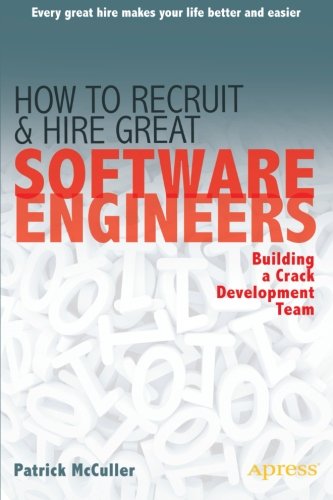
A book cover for How to Recruit and Hire Great Software Engineers: Building a Crack Development Team; Patrick McCuller; Computers & Technology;